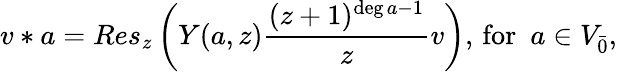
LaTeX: v*a=Res_{z}\left(Y(a,z)\frac{(z+1)^{\deg a-1}}{z}v\right),\, \mathrm{for}\, \, \, a\in V_{\bar{0}},